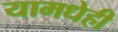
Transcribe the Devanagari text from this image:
यामधेही